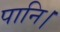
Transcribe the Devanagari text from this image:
पानि।